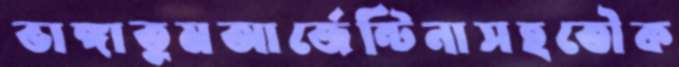
ভাঙ্গাতুমআর্জেন্টিনাসহতৌক